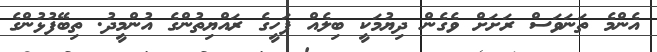
އެންމެ ތަނަވަސް ރަށަަށް ވެގެން ދިޔުމަކީ ބިލެއް ފަހީގެ ރައްޔިތުންގެ އުންމީދު. ތިބޭފުޅުންގެ